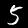
Label: 5